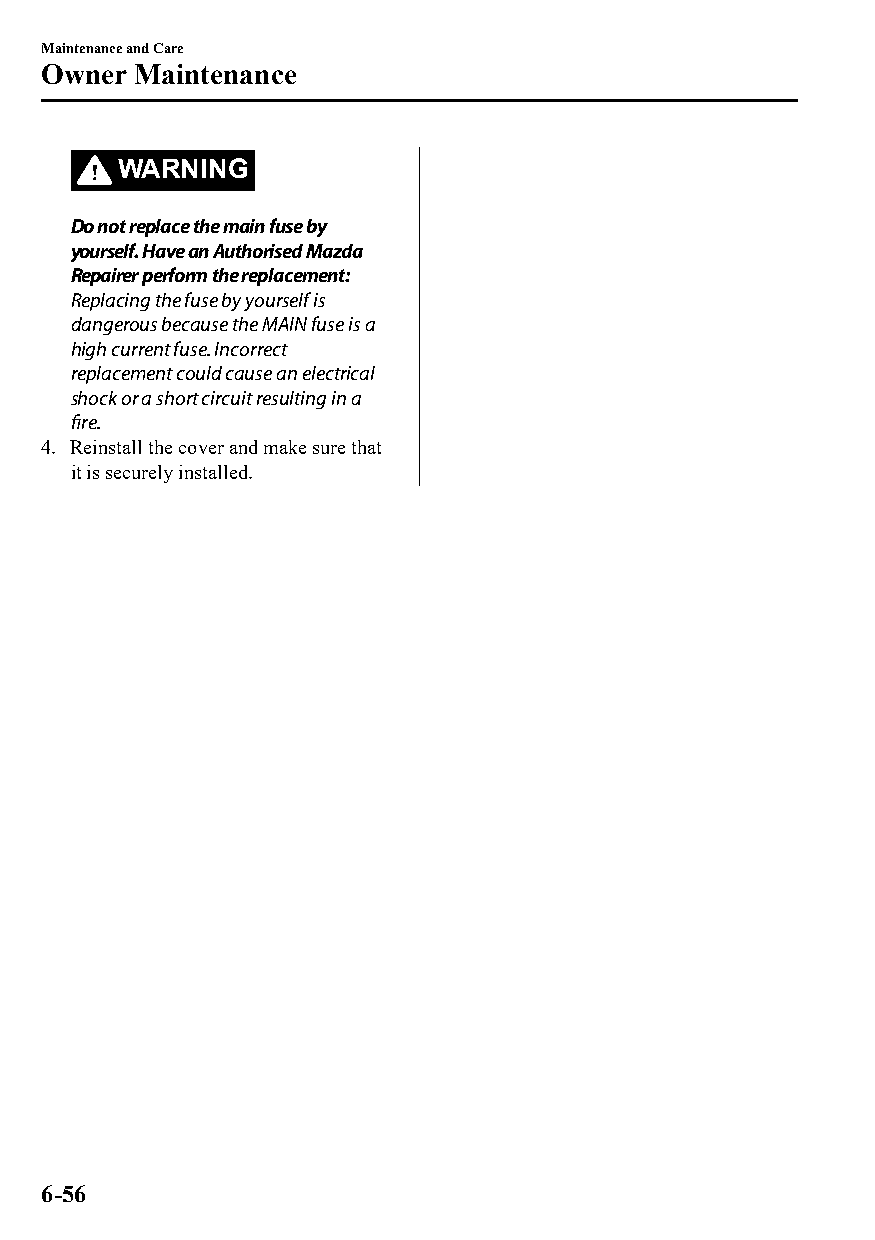
Maintenance and Care
 Owner  Maintenance
 WARNING
 Do not replace the main fuse by
 yourself. Have an Authorised Mazda
 Repairer perform the replacement:
 Replacing the fuse by yourself is
 dangerous because the MAIN fuse is a
 high current fuse. Incorrect
 replacement could cause an electrical
 shock or a short circuit resulting in a
 fire.
 4. Reinstall the cover and make sure that
 it is securely installed.
 6-56
 CX-3_8GT4-EE-18D_Edition4                  2018-9-6 18:32:19